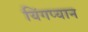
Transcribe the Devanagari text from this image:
यिंगप्यान